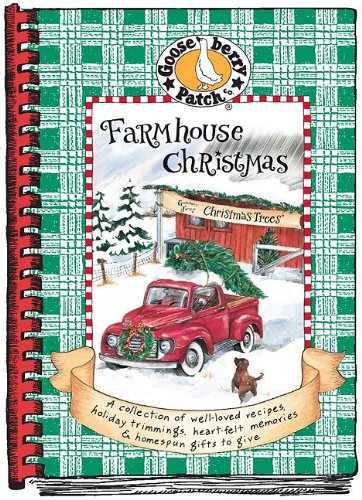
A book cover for Farmhouse Christmas Cookbook (Seasonal Cookbook Collection); Gooseberry Patch; Cookbooks, Food & Wine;